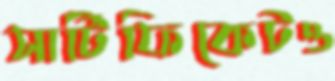
সার্টিফিকেটও